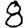
Digit: 8